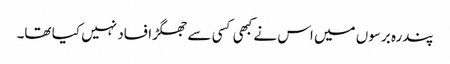
پندرہ برسوں میں اس نے کبھی کسی سے جھگڑا فساد نہیں کیا تھا۔